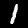
Digit: 1